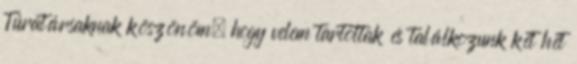
Túratársaknak köszönöm, hogy velem tartottak és találkozunk két hét